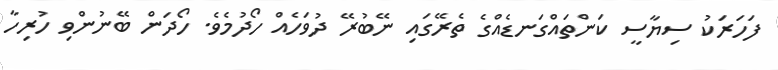
ފަހަރަކު ސިޔާސީ ކަންތައްގަނޑެއްގެ ތެރޭގައި ނޭބުރޭ ދުވަހެއް ހޯދުމެވެ. ހޯދަން ބޭނުންވި ހުރިހާ